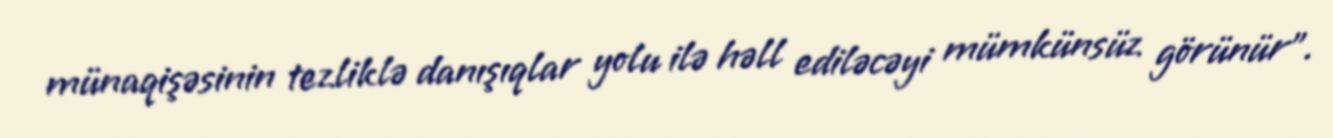
münaqişəsinin tezliklə danışıqlar yolu ilə həll ediləcəyi mümkünsüz görünür".